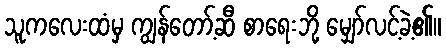
သူကလေးထံမှ ကျွန်တော့်ဆီ စာရေးဘို့ မျှော်လင့်ခဲ့၏။